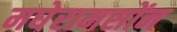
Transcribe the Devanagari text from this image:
मघेरामसोंन